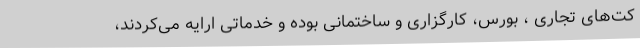
کت‌های تجاری ، بورس، کارگزاری و ساختمانی بوده و خدماتی ارایه می‌کردند،